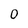
Character: 0